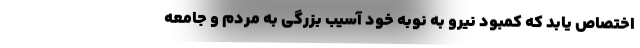
اختصاص یابد که کمبود نیرو به نوبه خود آسیب بزرگی به مردم و جامعه